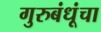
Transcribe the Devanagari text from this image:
गुरुबंधूंचा